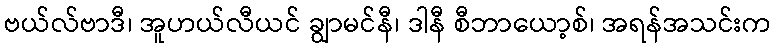
ဗယ်လ်ဗာဒီ၊ အူဟယ်လီယင် ချွာမင်နီ၊ ဒါနီ စီဘာယော့စ်၊ အရန်အသင်းက